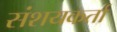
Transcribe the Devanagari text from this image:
संशयकर्ता